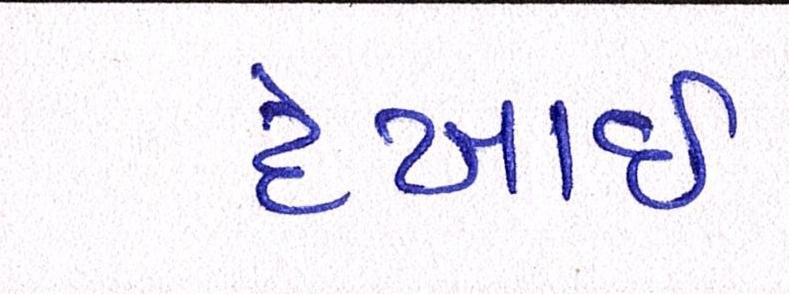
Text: દેખાઈ